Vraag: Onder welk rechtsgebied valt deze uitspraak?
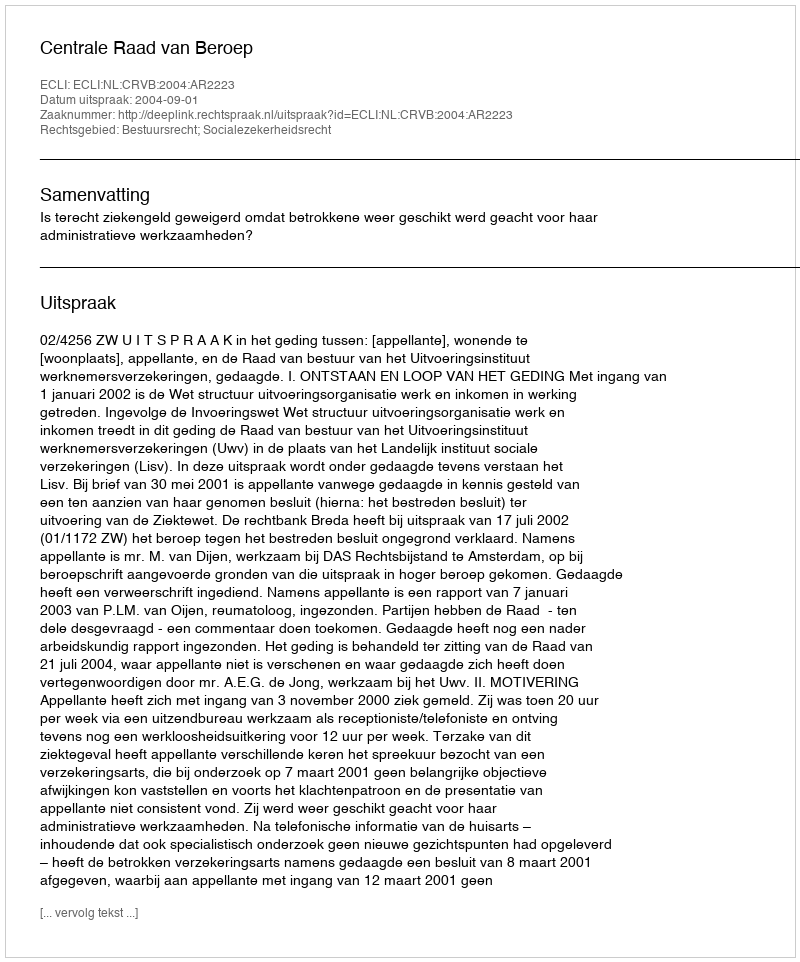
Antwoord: Bestuursrecht; Socialezekerheidsrecht